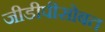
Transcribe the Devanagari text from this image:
जीडीपीसोबत